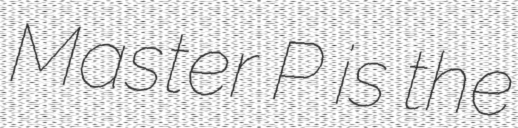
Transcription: Master P is the